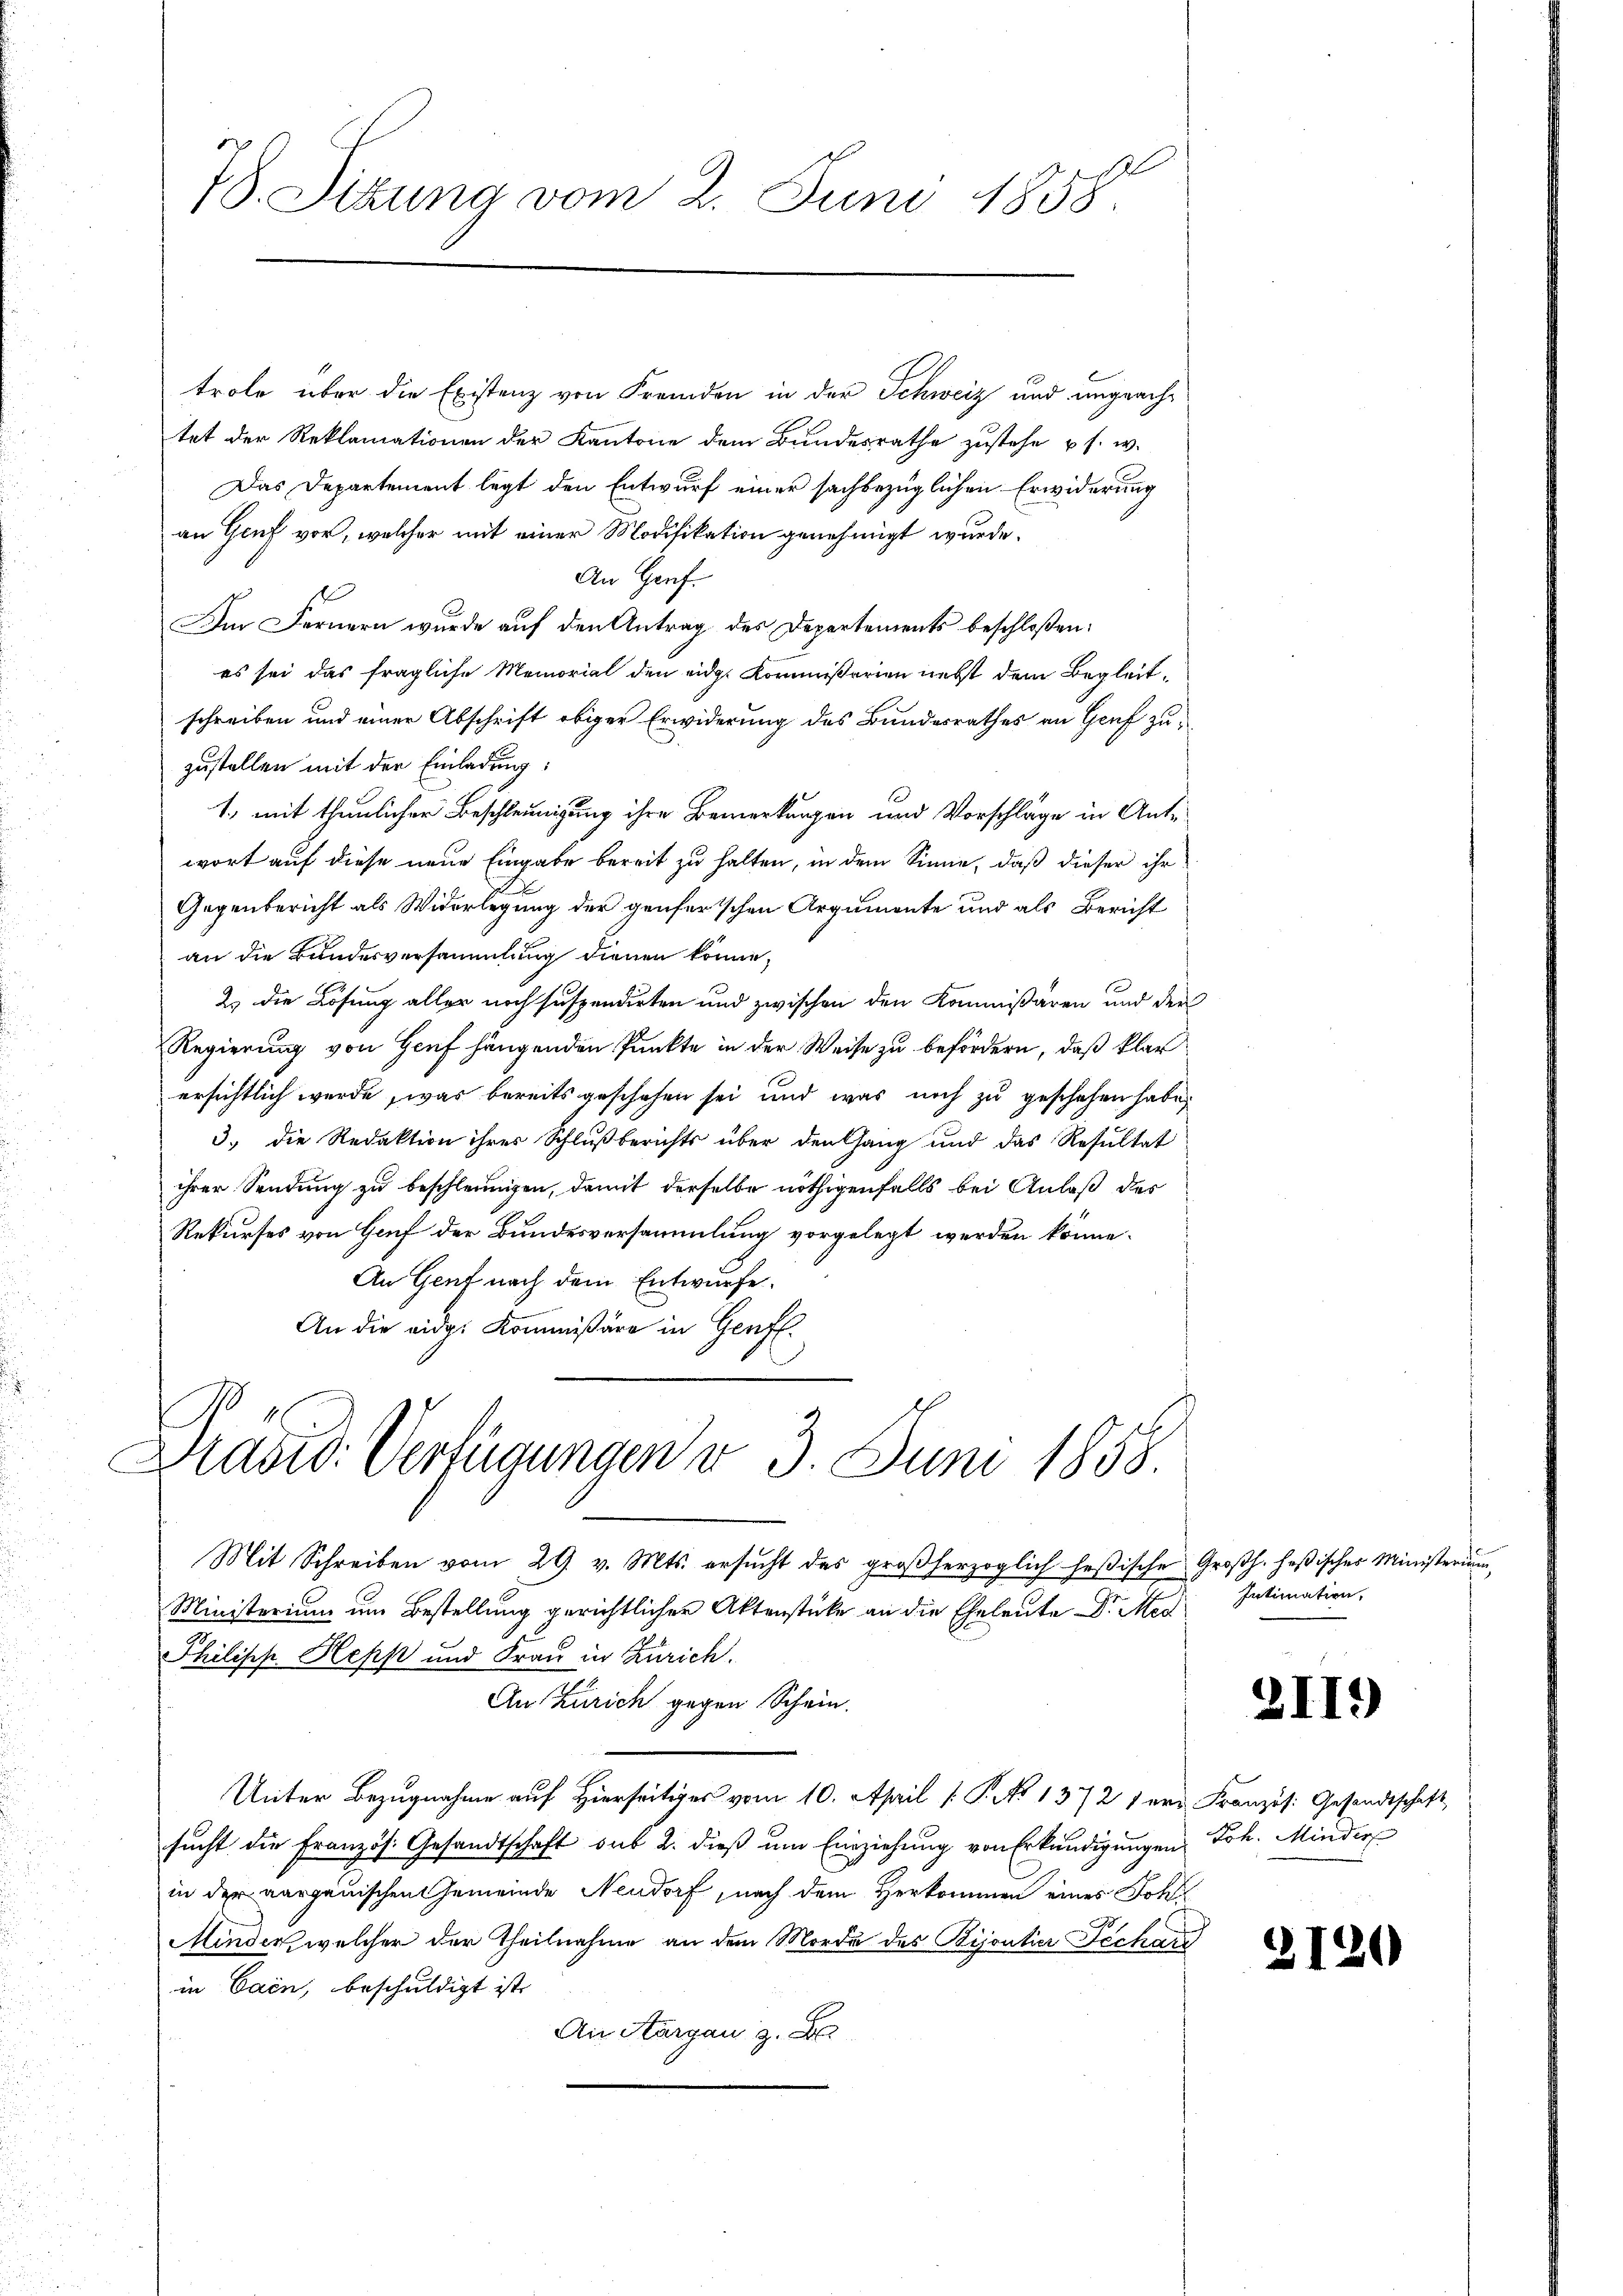
78. Sitzung vom 2. Juni 1858.

trole über die Existenz von Fremden in der Schweiz und ungeachtet der Reklamationen der Kantone dem Bundesrathe zustehe u. s. w.
Das Departement legt den Entwurf einer sachbezüglichen Erwiderung
an Genf vor, welcher mit einer Modifikation genehmigt wurde.
An Genf.
Am Fernern wurde auf den Antrag des Departements beschloßen:
es sei das fragliche Memorial den eidg. Kommißarien nebst dem Begleitschreiben und einer Abschrift obiger Erwiderung des Bundesrathes an Genf zuzustellen mit der Einladung:
1., mit thunlicher Beschleunigung ihre Bemerkungen und Vorschläge in Antwort auf diese neue Eingabe bereit zu halten, in dem Sinne, daß dieser ihr
Gegenbericht als Widerlegung der genferschen Argumente und als Bericht
an die Bundesversammlung dienen könne,
2) die Lösung aller noch suspendirten und zwischen den Kommißären und den
Regierung von Genf hängenden Punkte in der Weise zu befördern, daß klar
ersichtlich werde, was bereits geschehen sei und was noch zu geschehen habe,
3.) Die Redaktion ihrer Schlußberichts über den Gang und das Resultat
ihrer Sendung zu beschleunigen, damit derselbe nöthigenfalls bei Anlaß des
Rekurses von Genf der Bundesversammlung vorgelegt werden könne.
An Genf nach dem Entwurfe.
An die eidg. Kommißäre in Genf.
Brasid. Verfügungen d. 3. Juni 1858.

Mit Schreiben vom 29. v. Mts. ersŭcht des großherzoglich heßische Großh. Heßischer Ministerin
Ministerium um Bestellung gerichtlicher Aktenstücke an die Eheleute Dr. Med
Philipp Hepp und Frau in Zürich.
An Zürich gegen Schein.
Unter Bezugnahme auf Hierseitiges vom 10. April [ P. No 1372 der Französ. Gesandtschaft
sucht die Französ. Gesandtschaft sub 2. dieß um Einziehung von Erkundigungen Joh. Minder
in der aargauischen Gemeinde Neudorf, nach dem Herkommen eines Johl¬
Minder, welcher der Theilnahme an dem Morde des Bijoutier Techare
in Cain, beschuldigt ist.
An Aargau z.

Intimation.

l

II9)

3120